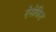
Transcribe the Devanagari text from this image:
ऐसेकित